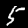
Digit: 5